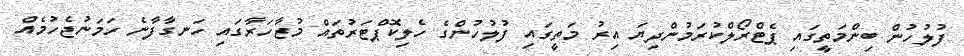
ފުލުހުން ބިންމަތީގައި ޕެޓްރޯލްކުރަމުންދިޔަ އިރު މަތީގައި ފުލުހުންގެ ހެލިކޮޕްޓަރުތައް މުޒާހަރާގައި ހަނގާފާނެ ހަމަނުޖެހުމެއް